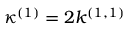
\kappa ^ { ( 1 ) } = 2 k ^ { ( 1 , 1 ) }